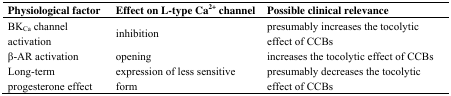
| Physiological factor | Effect on L-type Ca2+ channel | Possible clinical relevance |
 | --- | --- | --- |
 | BKCa channel activation | inhibition | presumably increases the tocolytic effect of CCBs |
 | β-AR activation | opening | increases the tocolytic effect of CCBs |
 | Long-term progesterone effect | expression of less sensitive form | presumably decreases the tocolytic effect of CCBs |